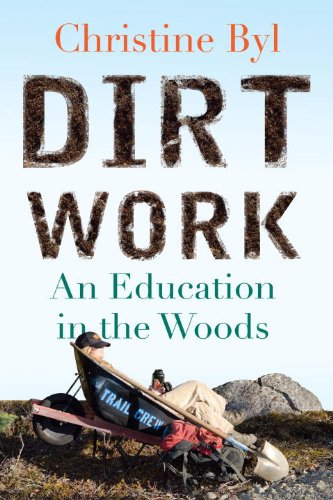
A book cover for Dirt Work: An Education in the Woods; Christine Byl; Biographies & Memoirs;